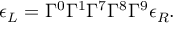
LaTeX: \epsilon _ { L } = \Gamma ^ { 0 } \Gamma ^ { 1 } \Gamma ^ { 7 } \Gamma ^ { 8 } \Gamma ^ { 9 } \epsilon _ { R } .